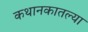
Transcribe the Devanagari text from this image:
कथानकातल्या